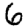
Digit: 6